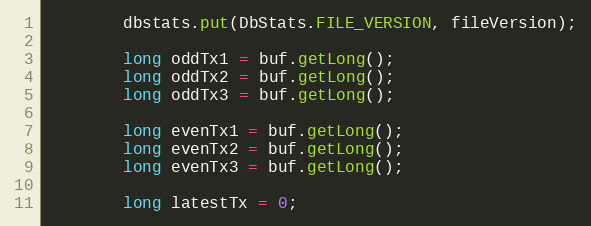
Language: Java
		dbstats.put(DbStats.FILE_VERSION, fileVersion);

		long oddTx1 = buf.getLong();
		long oddTx2 = buf.getLong();
		long oddTx3 = buf.getLong();

		long evenTx1 = buf.getLong();
		long evenTx2 = buf.getLong();
		long evenTx3 = buf.getLong();

		long latestTx = 0;